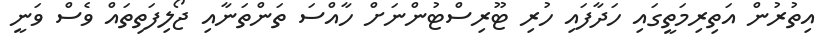
އިތުރުން އަތިރިމަތީގައި ހަދާފައި ހުރި ޓޫރިސްޓުންނަށް ހާއްސަ ތަންތަނާއި ޖޯލިފަތިތައް ވެސް ވަނީ